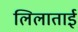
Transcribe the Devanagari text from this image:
लिलाताई